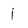
Character: I